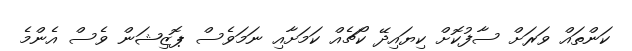
ކަންތައް ވަރަށް ސާފުކޮށް ކިޔައިދޭ ކޯޗެއް ކަމަށާއި ނަމަވެސް ޕޮޒިޝަން ވެސް އެންމެ